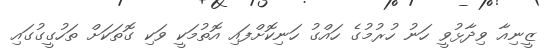
ޒީނިއާ ވިދާޅުވީ ހަނު ހުރުމުގެ ހައްގު ހަނިކޮށްފައި އޮތުމަކީ ވަކި ގޮތަކަށް ތަހުގީގުގައި